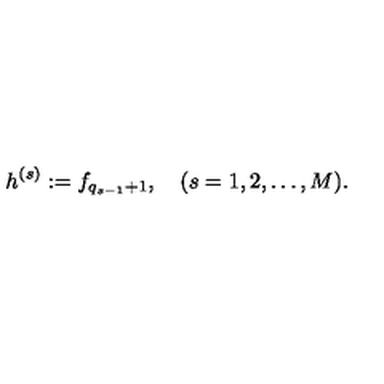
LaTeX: h ^ { ( s ) } : = f _ { q _ { s - 1 } + 1 } , \quad ( s = 1 , 2 , \dots , M ) .